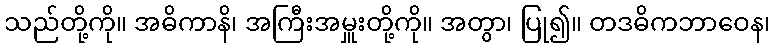
သည်တို့ကို။ အဓိကာနိ၊ အကြီးအမှူးတို့ကို။ အတွာ၊ ပြု၍။ တဒဓိကဘာဝေန၊